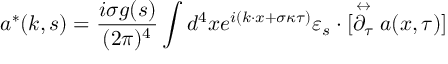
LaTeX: a ^ { * } ( k , s ) = \frac { i \sigma g ( s ) } { ( 2 \pi ) ^ { 4 } } \int d ^ { 4 } x e ^ { i ( k \cdot x + \sigma \kappa \tau ) } \varepsilon _ { s } \cdot [ \stackrel { \leftrightarrow } { \partial _ { \tau } } a ( x , \tau ) ]